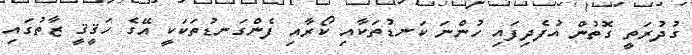
ގުދުރަތީ ގޮތުން އުފެދިފައި ހުންނަ ކަނޑުތަކާއި ކޯރާއި ފެންގަނޑުތަކަކީ އޭގެ ހަޤީޤީ ޒާތުގައި